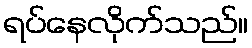
ရပ်နေလိုက်သည်။